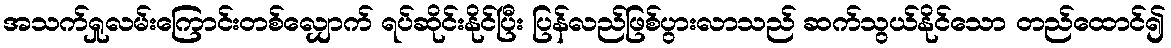
အသက်ရှုလမ်းကြောင်းတစ်လျှောက် ရပ်ဆိုင်းနိုင်ပြီး ပြန်လည်ဖြစ်ပွားလာသည် ဆက်သွယ်နိုင်သော တည်ထောင်၍